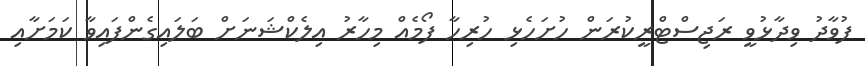
ފުވާދު ވިދާޅުވީ ރަޖިސްޓްރީކުރަން ހުށަހެޅި ހުރިހާ ފޯމެއް މިހާރު އިލެކްޝަނަށް ބަލައިގެންފައިވާ ކަމަށާއި